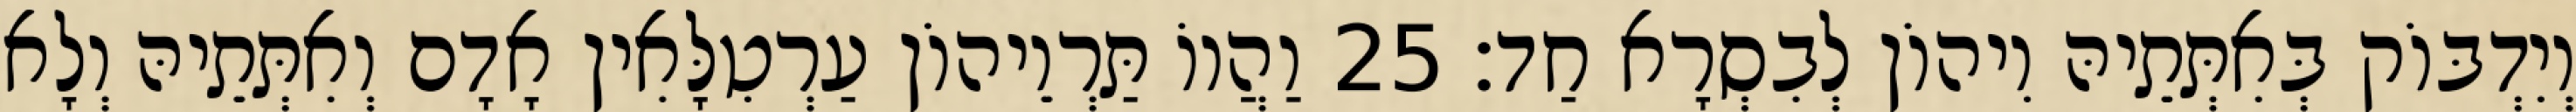
וְיִדְבּוֹק בְּאִתְּתֵיהּ וִיהוֹן לְבִסְרָא חַד׃ 25 וַהֲווֹ תַּרְוֵיהוֹן עַרְטִלָּאִין אָדָם וְאִתְּתֵיהּ וְלָא